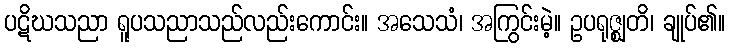
ပဋိဃသညာ ရူပသညာသည်လည်းကောင်း။ အသေသံ၊ အကြွင်းမဲ့။ ဥပရုဇ္ဈတိ၊ ချုပ်၏။